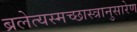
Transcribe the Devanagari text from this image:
ब्रलेत्यस्मच्छास्त्रानुसारेण